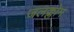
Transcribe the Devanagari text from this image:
जलक्लोम